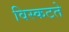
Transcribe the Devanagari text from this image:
विस्कटते